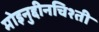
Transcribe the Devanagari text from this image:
मोइनुद्दीनचिश्ती